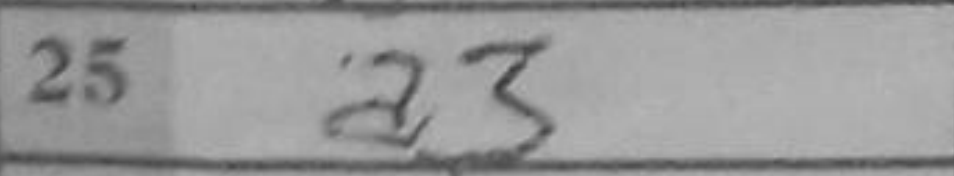
Transcription: a3